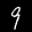
Label: 9